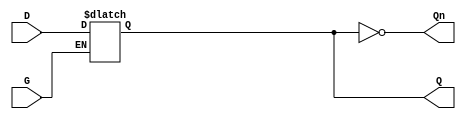
module async_gated_latch (
    input wire D,      // Data input
    input wire G,      // Gate input
    output reg Q,      // Output
    output wire Qn     // Inverted output (complement of Q)
);

// Invert Q to get Qn
assign Qn = ~Q;

// Always block that triggers on changes to G or D
always @* begin
    if (G) begin
        Q = D;  // When G is high, Q follows D
    end
    // When G is low, Q retains its previous value
end

endmodule